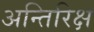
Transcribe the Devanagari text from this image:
अन्तिरिक्ष